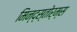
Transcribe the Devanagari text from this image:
मिन्द्स्तोर्म्स